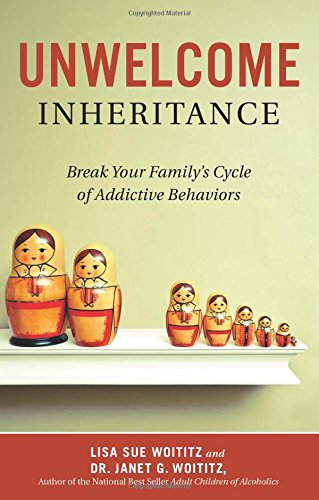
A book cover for Unwelcome Inheritance: Break Your Family's Cycle of Addictive Behaviors; Lisa   Sue Woititz; Health, Fitness & Dieting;